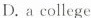
D. a college